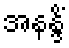
အနန္ဒိံ